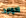
ادوارد